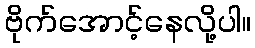
ဗိုက်အောင့်နေလို့ပါ။